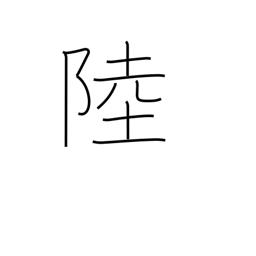
Meaning: six